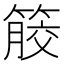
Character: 𥰹